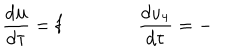
\frac { d \mathbf { u } } { d \tau } = \mathbf { f } \qquad \qquad \frac { d u _ { 4 } } { d \tau } = -